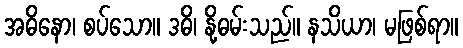
အဓိနော၊ စပ်သော။ ဒဓိ၊ နို့ဓမ်းသည်။ နသိယာ၊ မဖြစ်ရာ။